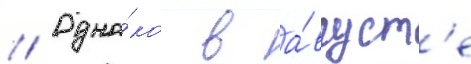
// Одна́ко в а́вгуст'е